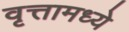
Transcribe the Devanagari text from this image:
वृत्तामध्ये